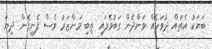
ބަޔަކު އެތައް ދުވަހެއް ވަންދެން ގަބުވެފައި ތިބި މަންޒަރު ވެސް ފެނިގެން ދިޔަ